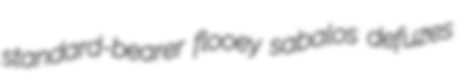
standard-bearer flooey sabalos defuzes